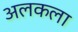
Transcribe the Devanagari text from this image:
अलकला